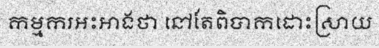
កម្មករអះអាងថា នៅតែពិបាកដោះស្រាយ